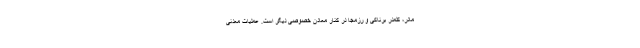
مادر، کلمدر برناکی و رزمجا در کنار معادن خصوصی دیگر است. عملیات معدنی